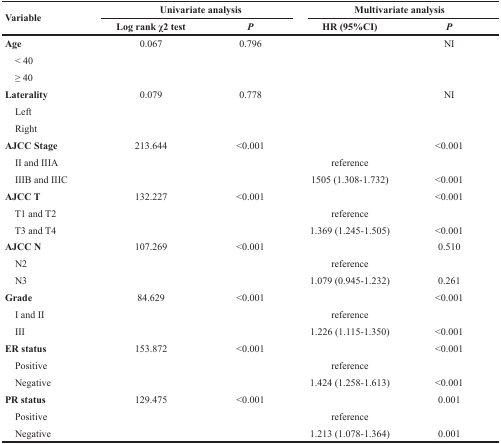
<table><thead><tr><td rowspan="2"><b>Variable</b></td><td colspan="2"><b>Univariate analysis</b></td><td colspan="2"><b>Multivariate analysis</b></td></tr><tr><td><b>Log rank χ2 test</b></td><td><b><i>P</i></b></td><td><b>HR (95%CI)</b></td><td><b><i>P</i></b></td></tr></thead><tbody><tr><td><b>Age</b></td><td>0.067</td><td>0.796</td><td></td><td>NI</td></tr><tr><td> &lt; 40</td><td></td><td></td><td></td><td></td></tr><tr><td> ≥ 40</td><td></td><td></td><td></td><td></td></tr><tr><td><b>Laterality</b></td><td>0.079</td><td>0.778</td><td></td><td>NI</td></tr><tr><td> Left</td><td></td><td></td><td></td><td></td></tr><tr><td> Right</td><td></td><td></td><td></td><td></td></tr><tr><td><b>AJCC Stage</b></td><td>213.644</td><td>&lt;0.001</td><td></td><td>&lt;0.001</td></tr><tr><td> II and IIIA</td><td></td><td></td><td>reference</td><td></td></tr><tr><td> IIIB and IIIC</td><td></td><td></td><td>1505 (1.308-1.732)</td><td>&lt;0.001</td></tr><tr><td><b>AJCC T</b></td><td>132.227</td><td>&lt;0.001</td><td></td><td>&lt;0.001</td></tr><tr><td> T1 and T2</td><td></td><td></td><td>reference</td><td></td></tr><tr><td> T3 and T4</td><td></td><td></td><td>1.369 (1.245-1.505)</td><td>&lt;0.001</td></tr><tr><td><b>AJCC N</b></td><td>107.269</td><td>&lt;0.001</td><td></td><td>0.510</td></tr><tr><td> N2</td><td></td><td></td><td>reference</td><td></td></tr><tr><td> N3</td><td></td><td></td><td>1.079 (0.945-1.232)</td><td>0.261</td></tr><tr><td><b>Grade</b></td><td>84.629</td><td>&lt;0.001</td><td></td><td>&lt;0.001</td></tr><tr><td> I and II</td><td></td><td></td><td>reference</td><td></td></tr><tr><td> III</td><td></td><td></td><td>1.226 (1.115-1.350)</td><td>&lt;0.001</td></tr><tr><td><b>ER status</b></td><td>153.872</td><td>&lt;0.001</td><td></td><td>&lt;0.001</td></tr><tr><td> Positive</td><td></td><td></td><td>reference</td><td></td></tr><tr><td> Negative</td><td></td><td></td><td>1.424 (1.258-1.613)</td><td>&lt;0.001</td></tr><tr><td><b>PR status</b></td><td>129.475</td><td>&lt;0.001</td><td></td><td>0.001</td></tr><tr><td> Positive</td><td></td><td></td><td>reference</td><td></td></tr><tr><td> Negative</td><td></td><td></td><td>1.213 (1.078-1.364)</td><td>0.001</td></tr></tbody></table>